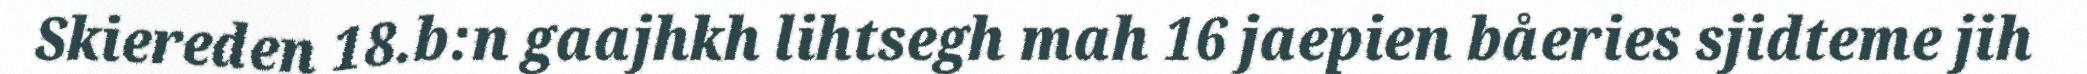
Skiereden 18.b:n gaajhkh lihtsegh mah 16 jaepien båeries sjidteme jih